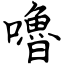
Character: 嚕